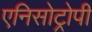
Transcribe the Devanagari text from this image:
एनिसोट्रोपी